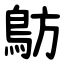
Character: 䲱